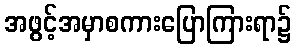
အဖွင့်အမှာစကားပြောကြားရာ၌